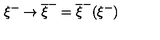
\xi ^ { - } \rightarrow \overline { { \xi } } ^ { - } = \overline { { \xi } } ^ { - } ( \xi ^ { - } )